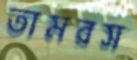
তামরস